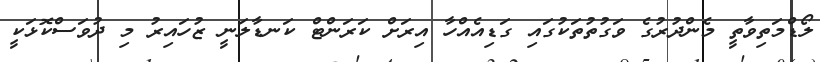
ލޯޑްމަތިވާތީ މެންދުރުގެ ވަގުތުތަކުގައި ގަޑިއެއްހާ އިރަށް ކަރަންޓް ކަނޑާލަނީ ޒުހައިރު މި ދުވަސްކޮޅަކީ